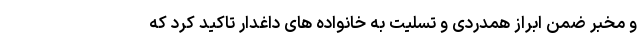
و مخبر ضمن ابراز همدردی و تسلیت به خانواده های داغدار تاکید کرد که